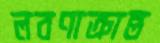
লবণাক্রান্ত